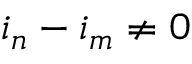
i _ { n } - i _ { m } \neq 0